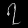
Digit: ၇